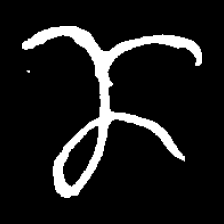
Pyu character \u2014 Myanmar letter: ဏ (romanized: nna)